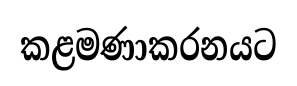
කළමණාකරනයට